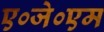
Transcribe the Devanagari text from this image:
ए०जे०एम